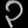
Digit: ၃